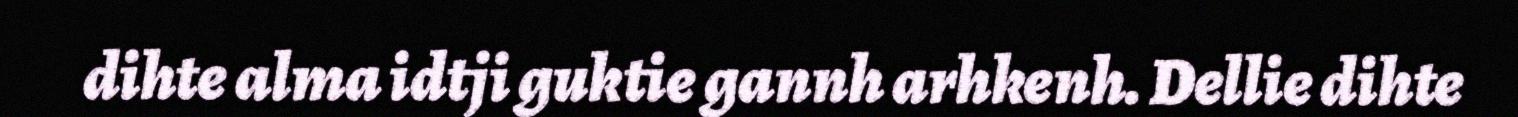
dihte alma idtji guktie gannh arhkenh. Dellie dihte